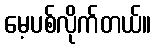
မေ့ပစ်လိုက်တယ်။